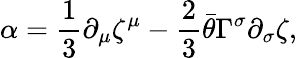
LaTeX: \alpha={\frac{1}{3}}\partial_{\mu}\zeta^{\mu}-{\frac{2}{3}}\bar{\theta}\Gamma^{\sigma}\partial_{\sigma}\zeta,